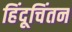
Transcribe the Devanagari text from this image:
हिंदूचिंतन